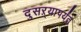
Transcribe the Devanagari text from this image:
दुसऱ्यापर्यंत